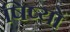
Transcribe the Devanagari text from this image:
षिष्यों